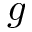
g